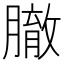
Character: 𦠣